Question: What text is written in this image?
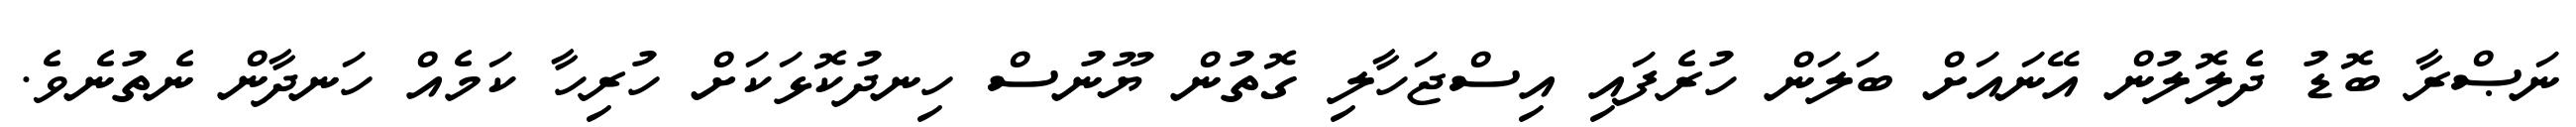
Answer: ނަޞްރާ ބޮޑު ދެލޮލުން އޭނައަށް ބަލަން ހުރެފައި އިސްޖަހާލި ގޮތުން ޔޫނުސް ހިނދުކޮޅަކަށް ހުރިހާ ކަމެއް ހަނދާން ނެތުނެވެ.